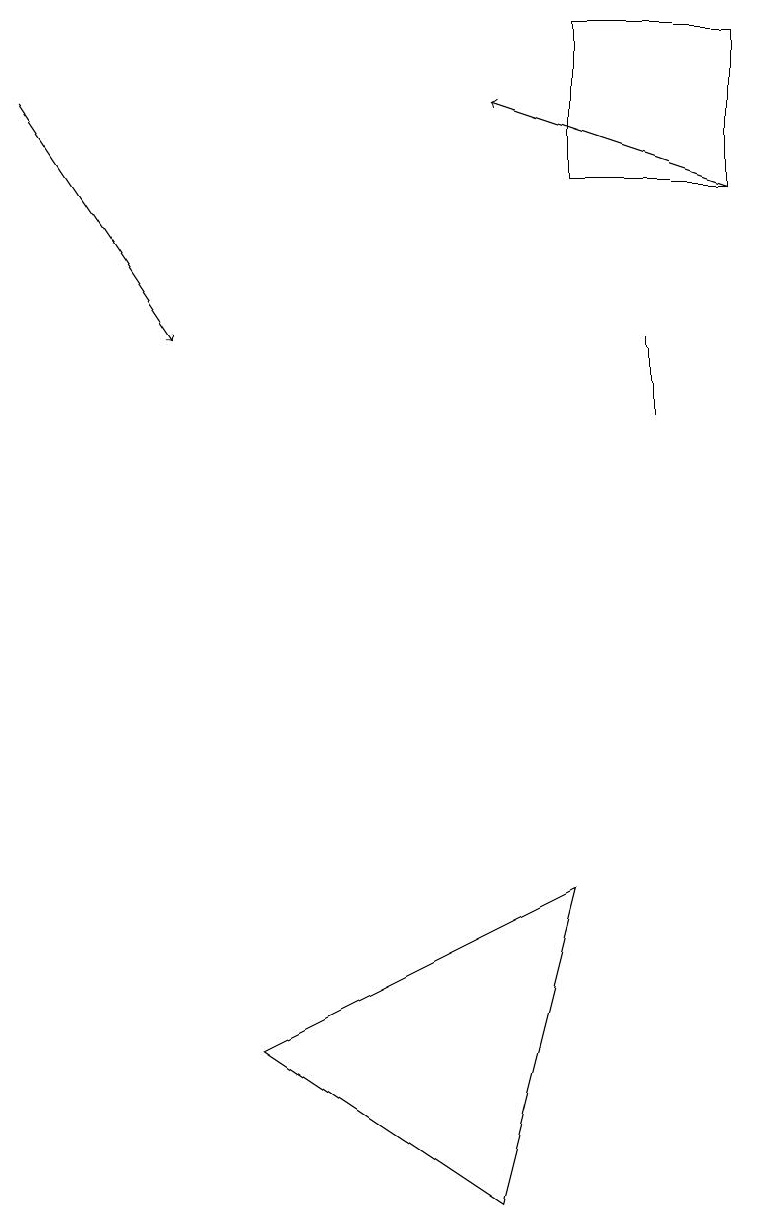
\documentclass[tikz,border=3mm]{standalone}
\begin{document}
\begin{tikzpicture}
\draw (8,10) rectangle (8,11);
\draw[->] (9,13) -- (6,14);
\draw[->] (0,14) -- (2,11);
\draw (7,13) rectangle (9,15);
\draw (7,4) -- (3,2) -- (6,0) -- cycle;
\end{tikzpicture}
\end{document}